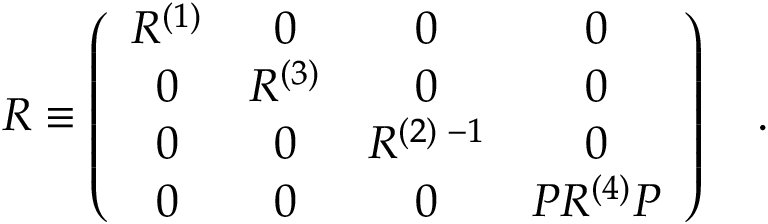
{ \cal R } \equiv \left( \begin{array} { c c c c } { { R ^ { ( 1 ) } } } & { { 0 } } & { { 0 } } & { { 0 } } \\ { { 0 } } & { { R ^ { ( 3 ) } } } & { { 0 } } & { { 0 } } \\ { { 0 } } & { { 0 } } & { { R ^ { ( 2 ) \; - 1 } } } & { { 0 } } \\ { { 0 } } & { { 0 } } & { { 0 } } & { { { \cal P } R ^ { ( 4 ) } { \cal P } } } \end{array} \right) \quad . \qquad